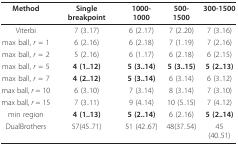
| Method | Single breakpoint | 1000-1000 | 500-1500 | 300-1500 |
 | --- | --- | --- | --- | --- |
 | Viterbi | 7 (3..17) | 6 (2..17) | 7 (2..20) | 7 (3..16) |
 | max ball, r = 1 | 6 (2..16) | 6 (2..18) | 7 (1..19) | 7 (2..16) |
 | max ball, r = 2 | 5 (2..16) | 6 (1..17) | 6 (2..18) | 6 (2..15) |
 | max ball, r = 5 | 4 (1..12) | 5 (3..14) | 5 (3..15) | 5 (2..13) |
 | max ball, r = 7 | 4 (2..12) | 5 (3..14) | 6 (3..14) | 6 (3..12) |
 | max ball, r = 10 | 6 (3..10) | 7 (3..14) | 8 (3..14) | 7 (3..10) |
 | max ball, r = 15 | 7 (3..11) | 9 (4..14) | 10 (5..15) | 7 (4..12) |
 | min region | 4 (1..13) | 5 (2..14) | 6 (2..16) | 5 (2..14) |
 | DualBrothers | 57(45..71) | 51 (42..67) | 48(37..54) | 45 (40..51) |